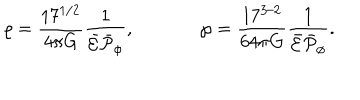
LaTeX: \varrho = { \frac { 1 7 ^ { 1 / 2 } } { 4 \pi G } } { \frac { 1 } { \bar { \cal E } \bar { \cal P } _ { \phi } } } , \ \ \wp = { \frac { 1 7 ^ { 3 / 2 } } { 6 4 \pi G } } { \frac { 1 } { \bar { \cal E } \bar { \cal P } _ { \phi } } } .